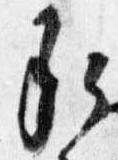
承